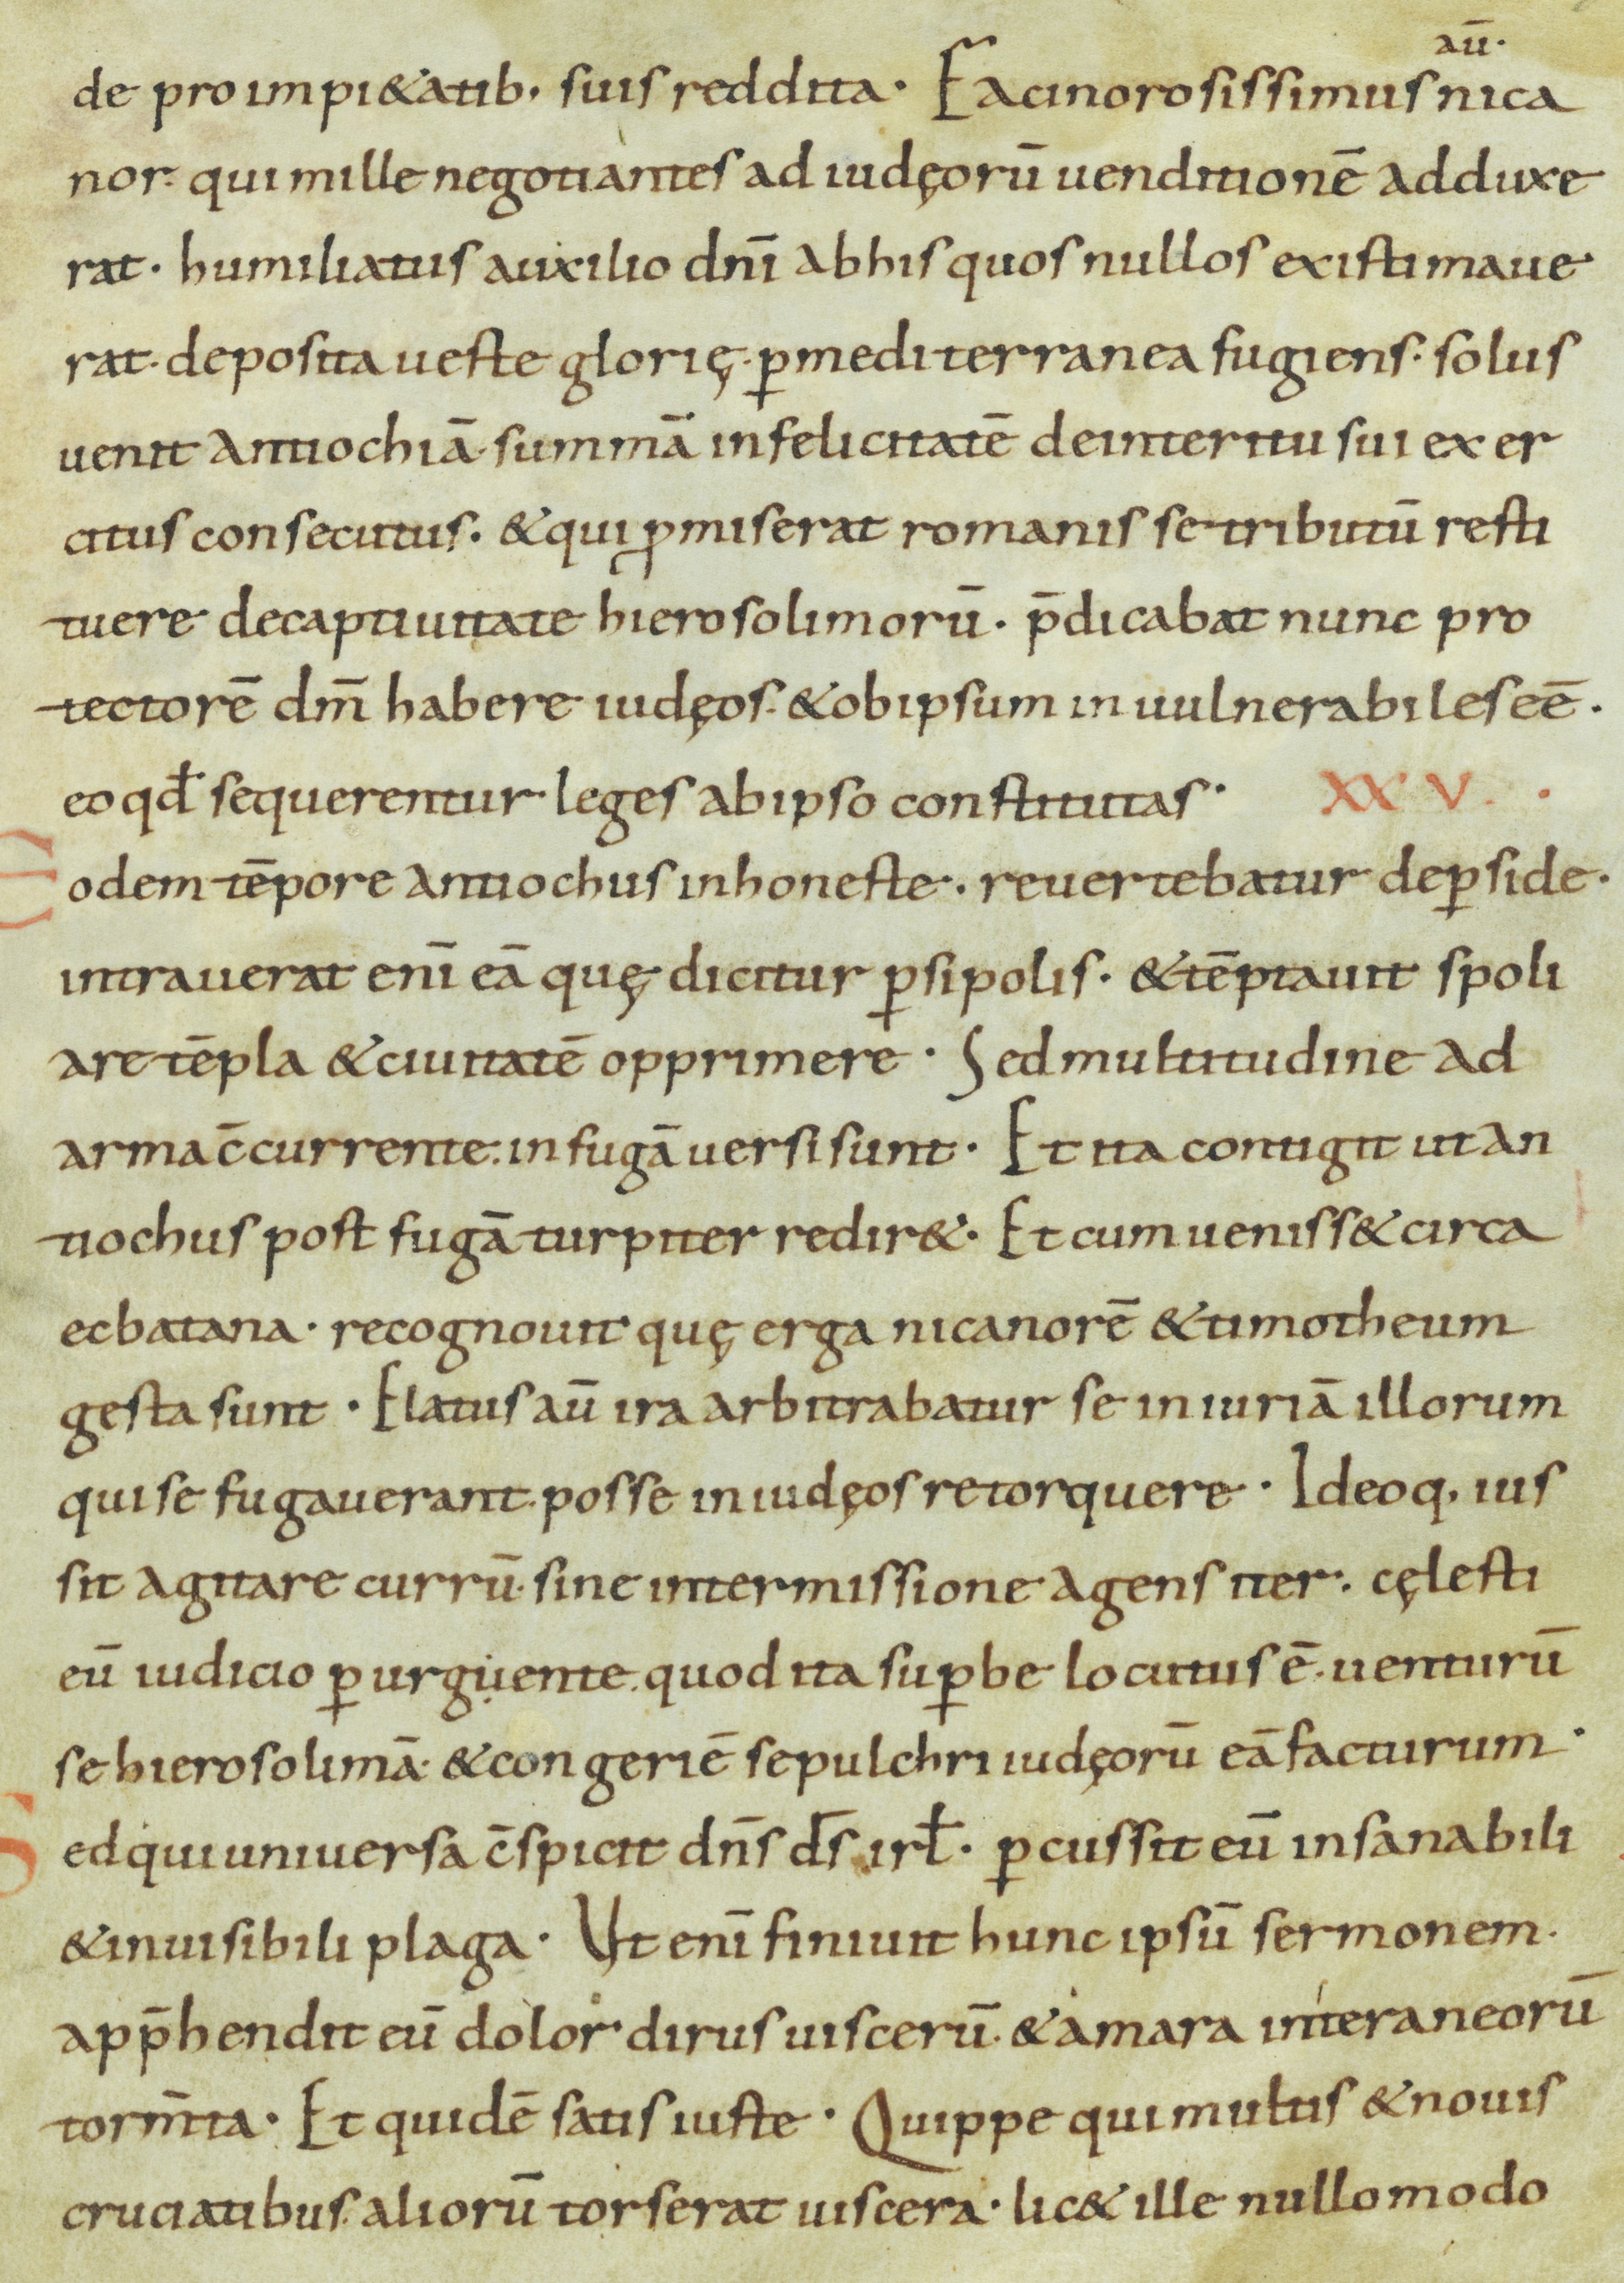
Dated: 800–899